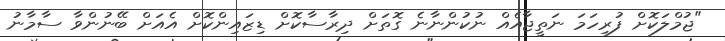
"ޖުމްލަކޮށް ފުރިހަމަ ނަތީޖާއެއް ނުކުންނާނެ ގޮތަށް ދިރާސާކޮށް ޑިޒައިންކޮށް އެއަށް ބޭނުންވާ ސާމާނު